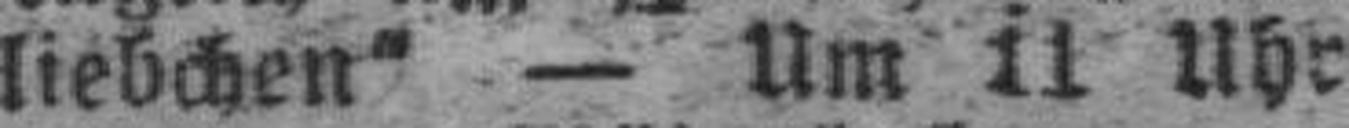
liebchen“ — Um 11 Uhr